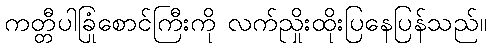
ကတ္တီပါခြုံစောင်ကြီးကို လက်ညှိုးထိုးပြနေပြန်သည်။